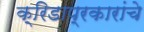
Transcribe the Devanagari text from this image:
क्रिडाप्रकारांचे